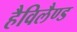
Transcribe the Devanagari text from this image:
हैविलैण्ड